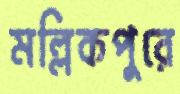
মল্লিকপুরে